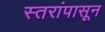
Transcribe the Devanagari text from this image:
स्तरांपासून